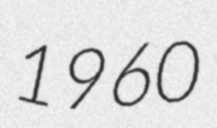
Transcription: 1960